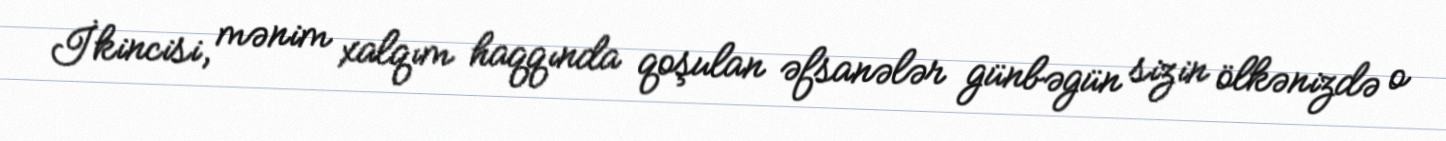
İkincisi, mənim xalqım haqqında qoşulan əfsanələr günbəgün sizin ölkənizdə o